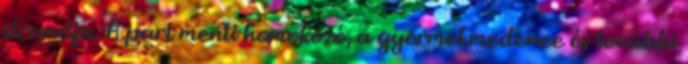
strandja. A part menti homokozó, a gyermekmedence és további